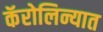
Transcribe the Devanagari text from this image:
कॅरोलिन्यात